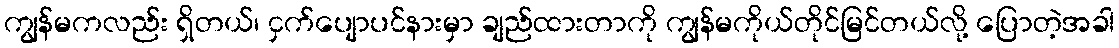
ကျွန်မကလည်း ရှိတယ်၊ ငှက်ပျောပင်နားမှာ ချည်ထားတာကို ကျွန်မကိုယ်တိုင်မြင်တယ်လို့ ပြောတဲ့အခါ